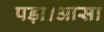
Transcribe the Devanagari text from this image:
पड़ा।आसा